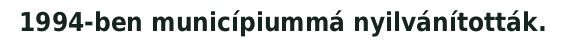
1994-ben municípiummá nyilvánították.